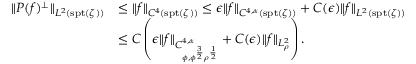
\begin{array} { r l } { \| P ( f ) ^ { \perp } \| _ { L ^ { 2 } ( \mathrm { s p t } ( \zeta ) ) } } & { \leq \| f \| _ { C ^ { 4 } ( \mathrm { s p t } ( \zeta ) ) } \leq \epsilon \| f \| _ { C ^ { 4 , \alpha } ( \mathrm { s p t } ( \zeta ) ) } + C ( \epsilon ) \| f \| _ { L ^ { 2 } ( \mathrm { s p t } ( \zeta ) ) } } \\ & { \leq C \left( \epsilon \| f \| _ { C _ { \phi , \phi ^ { \frac { 3 } { 2 } } \rho ^ { \frac { 1 } { 2 } } } ^ { 4 , \alpha } } + C ( \epsilon ) \| f \| _ { L _ { \rho } ^ { 2 } } \right) . } \end{array}